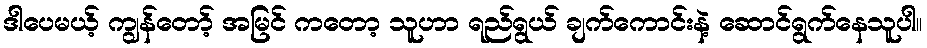
ဒါပေမယ့် ကျွန်တော့် အမြင် ကတော့ သူဟာ ရည်ရွယ် ချက်ကောင်းနဲ့ ဆောင်ရွက်နေသူပါ။